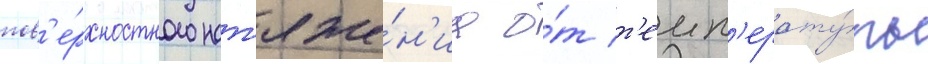
пов'е́рхностного нат'яже́н'иа о́т т'емп'ерату́ры